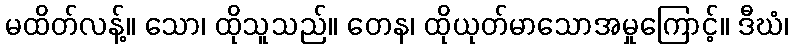
မထိတ်လန့်။ သော၊ ထိုသူသည်။ တေန၊ ထိုယုတ်မာသောအမှုကြောင့်။ ဒီဃံ၊